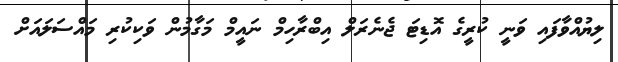
ލިޔުއްވާފައި ވަނީ ކުރީގެ އޮޑިޓަ ޖެނެރަލް އިބްރާހިމް ނައީމް މަގާމުން ވަކިކުރި މައްސަލައަށް